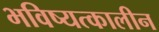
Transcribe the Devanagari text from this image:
भविष्यत्कालीन